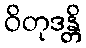
ဝိတုဒန္တိ